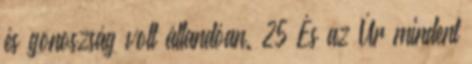
és gonoszság volt állandóan. 25 És az Úr mindent